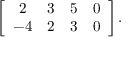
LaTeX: \left[ { \begin{array} { c c c c } { 2 } & { 3 } & { 5 } & { 0 } \\ { - 4 } & { 2 } & { 3 } & { 0 } \end{array} } \right] .